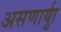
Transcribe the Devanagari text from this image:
असणार्याु